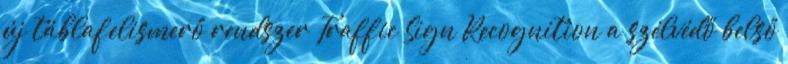
új táblafelismerő rendszer Traffic Sign Recognition a szélvédő belső